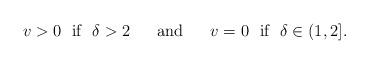
LaTeX: \begin{align*}v > 0 ~\mbox{ if }~ \delta > 2 ~~~~\mbox{ and }~~~~ v = 0 ~\mbox{ if }~ \delta \in (1,2].\end{align*}